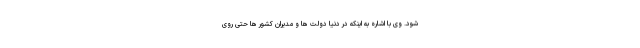
شود. وی با اشاره به اینکه در دنیا دولت ها و مدیران کشور ها حتی روی